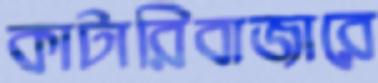
কাটারিবাজারে